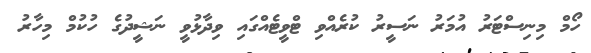
ހޯމް މިނިސްޓަރު އުމަރު ނަސީރު ކުރެއްވި ޓްވީޓެއްގައި ވިދާޅުވީ ނަޝީދުގެ ހުކުމް މިހާރު